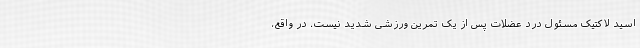
اسید لاکتیک مسئول درد عضلات پس از یک تمرین ورزشی شدید نیست. در واقع،